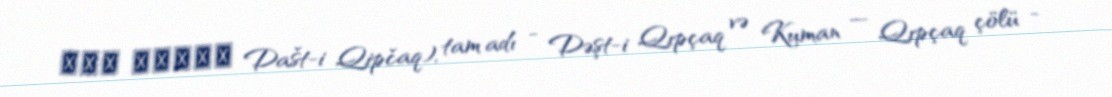
دشت قپچاق Dašt-i Qipčaq), tam adı - Dəşt-i Qıpçaq və Kuman — Qıpçaq çölü -